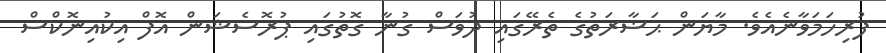
ފުރިހަމަވާނެއެވެ. މާޔަން ޙަޟާރަތުގެ ތެރޭގައި ދުވަސް ގުނާ ގޮތުގައި ޕުރޮސެޝަން އޮފް އިކުއިނޮކްސް